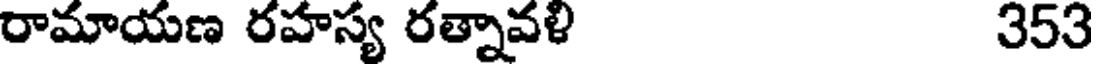
రామాయణ రహస్య రత్నావళి 353